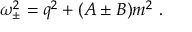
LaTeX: \omega _ { \pm } ^ { 2 } = q ^ { 2 } + ( A \pm B ) m ^ { 2 } \ .